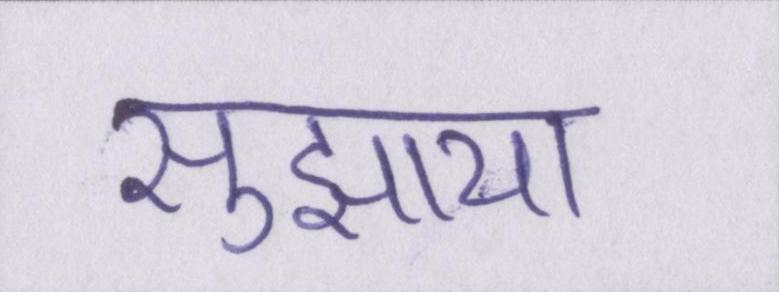
सुझाया